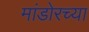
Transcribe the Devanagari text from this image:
मांडोरच्या